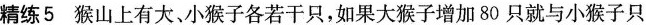
精练5猴山上有大、小猴子各若干只，如果大猴子增加80只就与小猴子只